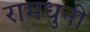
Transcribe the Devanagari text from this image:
रामधुनी